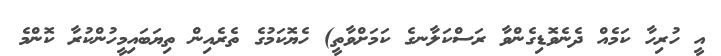
އީ ހުރިހާ ކަމެއް ދެނެވޮޑިގެންވާ ރަސްކަލާނގެ ކަމަށްވާތީ) ހެޔޮކަމުގެ ތެރެއިން ތިޔަބައިމީހުންކުރާ ކޮންމެ